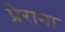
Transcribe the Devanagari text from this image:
प्रेराना